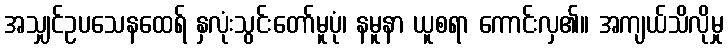
အသျှင်ဥပသေနထေရ် နှလုံးသွင်းတော်မူပုံ၊ နမူနာ ယူစရာ ကောင်းလှ၏။ အကျယ်သိလိုမှု